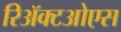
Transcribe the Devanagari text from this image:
रिॲक्टओएस